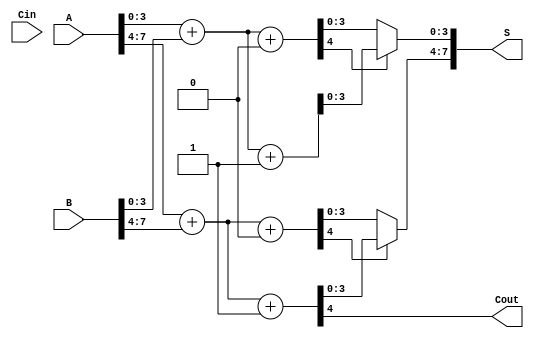
module HanCarlsonAdder #(
    parameter N = 8, // Number of bits for inputs A and B
    parameter K = 4  // Width of each block
)(
    input [N-1:0] A,   // First input
    input [N-1:0] B,   // Second input
    input Cin,         // Carry-in
    output [N-1:0] S,  // Sum output
    output Cout        // Carry-out
);

    // Number of blocks
    localparam NUM_BLOCKS = N / K;

    // Internal signals for carries and sums
    wire [K-1:0] sum0 [0:NUM_BLOCKS-1]; // Sums with Cin = 0
    wire [K-1:0] sum1 [0:NUM_BLOCKS-1]; // Sums with Cin = 1
    wire [NUM_BLOCKS:0] carry;           // Carry signals

    // Generate sums and carries for each block
    genvar i;
    generate
        for (i = 0; i < NUM_BLOCKS; i = i + 1) begin : block
            // Define the range of bits for each block
            localparam START = i * K;
            localparam END = (i + 1) * K - 1;

            // Calculate sums and carries for Cin = 0
            assign {carry[i], sum0[i]} = A[END:START] + B[END:START] + 1'b0;
            // Calculate sums and carries for Cin = 1
            assign {carry[i+1], sum1[i]} = A[END:START] + B[END:START] + 1'b1;
        end
    endgenerate

    // MUX to select between the two sums based on carry-in
    generate
        for (i = 0; i < NUM_BLOCKS; i = i + 1) begin : mux
            // Define the range of bits for each block
            localparam START = i * K;
            localparam END = (i + 1) * K - 1;

            // MUX selects between sum0 and sum1 based on the previous carry
            assign S[END:START] = (carry[i] ? sum1[i] : sum0[i]);
        end
    endgenerate

    // Final carry-out is the carry from the last block
    assign Cout = carry[NUM_BLOCKS];

endmodule